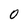
Character: 0